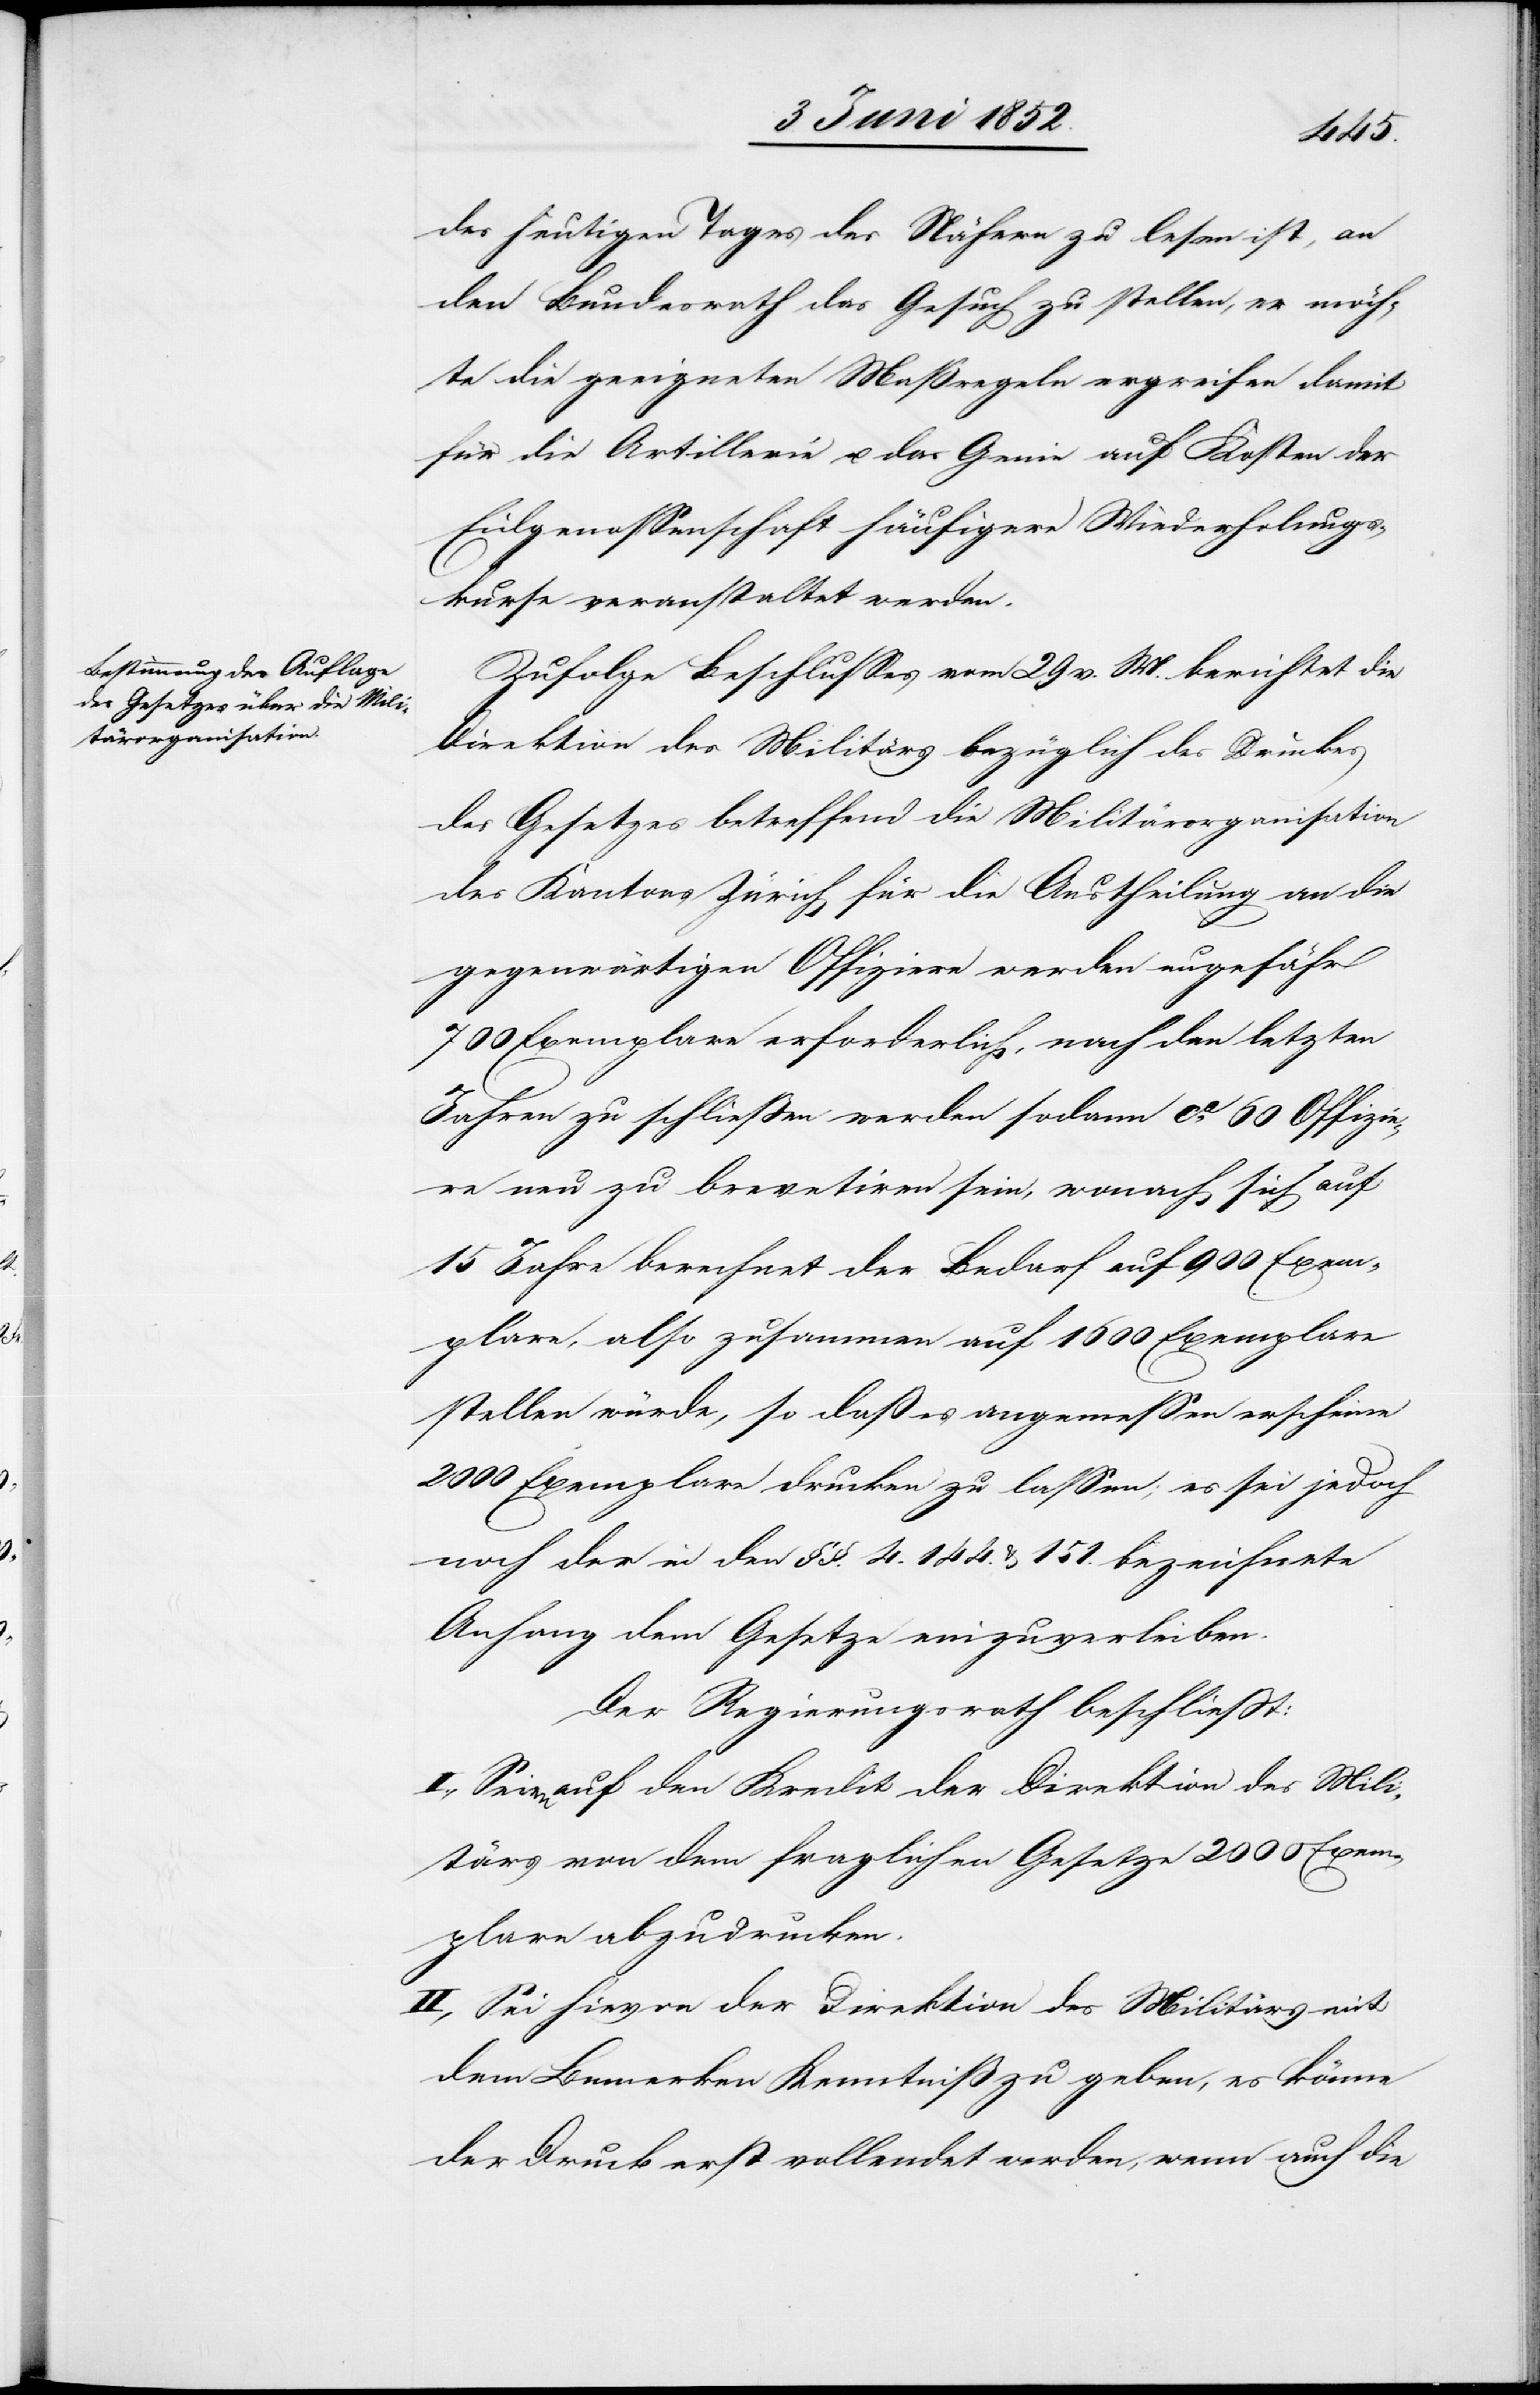
des heutigen Tages des Nähern zu lesen ist, an
den Bundesrath das Gesuch zu stellen, er möch¬
te die geeigneten Maßregeln ergreifen damit
für die Artillerie u. das Genie auf Kosten der
Eidgenossenschaft häufigere Wiederholungs¬
kurse veranstaltet werden.
Zufolge Beschlusses vom 29 v. M. berichtet die
Direktion des Militärs bezüglich des Druckes
des Gesetzes betreffend die Militärorganisation
des Kantons Zürich für die Austheilung an die
gegenwärtigen Offiziere werden ungefähr
700 Exemplare erforderlich, nach den letzten
Jahren zu schliessen werden sodann ca. 60 Offizie¬
re neu zu brevetiren sein, wonach sich auf
15 Jahre berechnet der Bedarf auf 900 Exem¬
plare, also zusammen auf 1600 Exemplare
stellen würde, so daß es angemessen erscheine
2000 Exemplare drucken zu lassen; es sei jedoch
noch der in den §§. 4.[,] 144. & 151. bezeichnete
Anhang dem Gesetze einzuverleiben.
Der Regierungsrath beschliesst:
I., Seien auf den Kredit der Direktion des Mili¬
tärs von dem fraglichen Gesetze 2000 Exem¬
plare abzudrucken.
II., Sei hievon der Direktion des Militärs mit
dem Bemerken Kenntniß zu geben, es könne
der Druck erst vollendet werden, wenn auch die